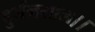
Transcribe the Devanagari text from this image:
दुर्जनसाल।।